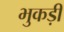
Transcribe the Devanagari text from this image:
भुकड़ी